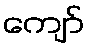
ကျော်